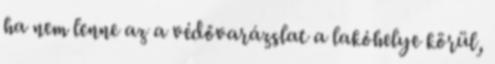
ha nem lenne az a védővarázslat a lakóhelye körül,